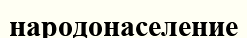
народонаселение